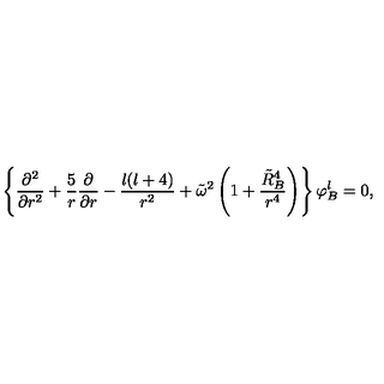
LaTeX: \left\{ { \frac { \partial ^ { 2 } } { \partial r ^ { 2 } } } + { \frac { 5 } { r } } { \frac { \partial } { \partial r } } - { \frac { l ( l + 4 ) } { r ^ { 2 } } } + \tilde { \omega } ^ { 2 } \left( 1 + { \frac { \tilde { R } _ { B } ^ { 4 } } { r ^ { 4 } } } \right) \right\} \varphi _ { B } ^ { l } = 0 ,